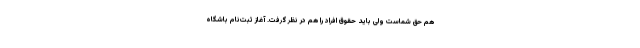
هم حق شماست ولی باید حقوق افراد را هم در نظر گرفت. آغاز ثبت‌نام باشگاه